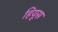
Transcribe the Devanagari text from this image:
हियूस